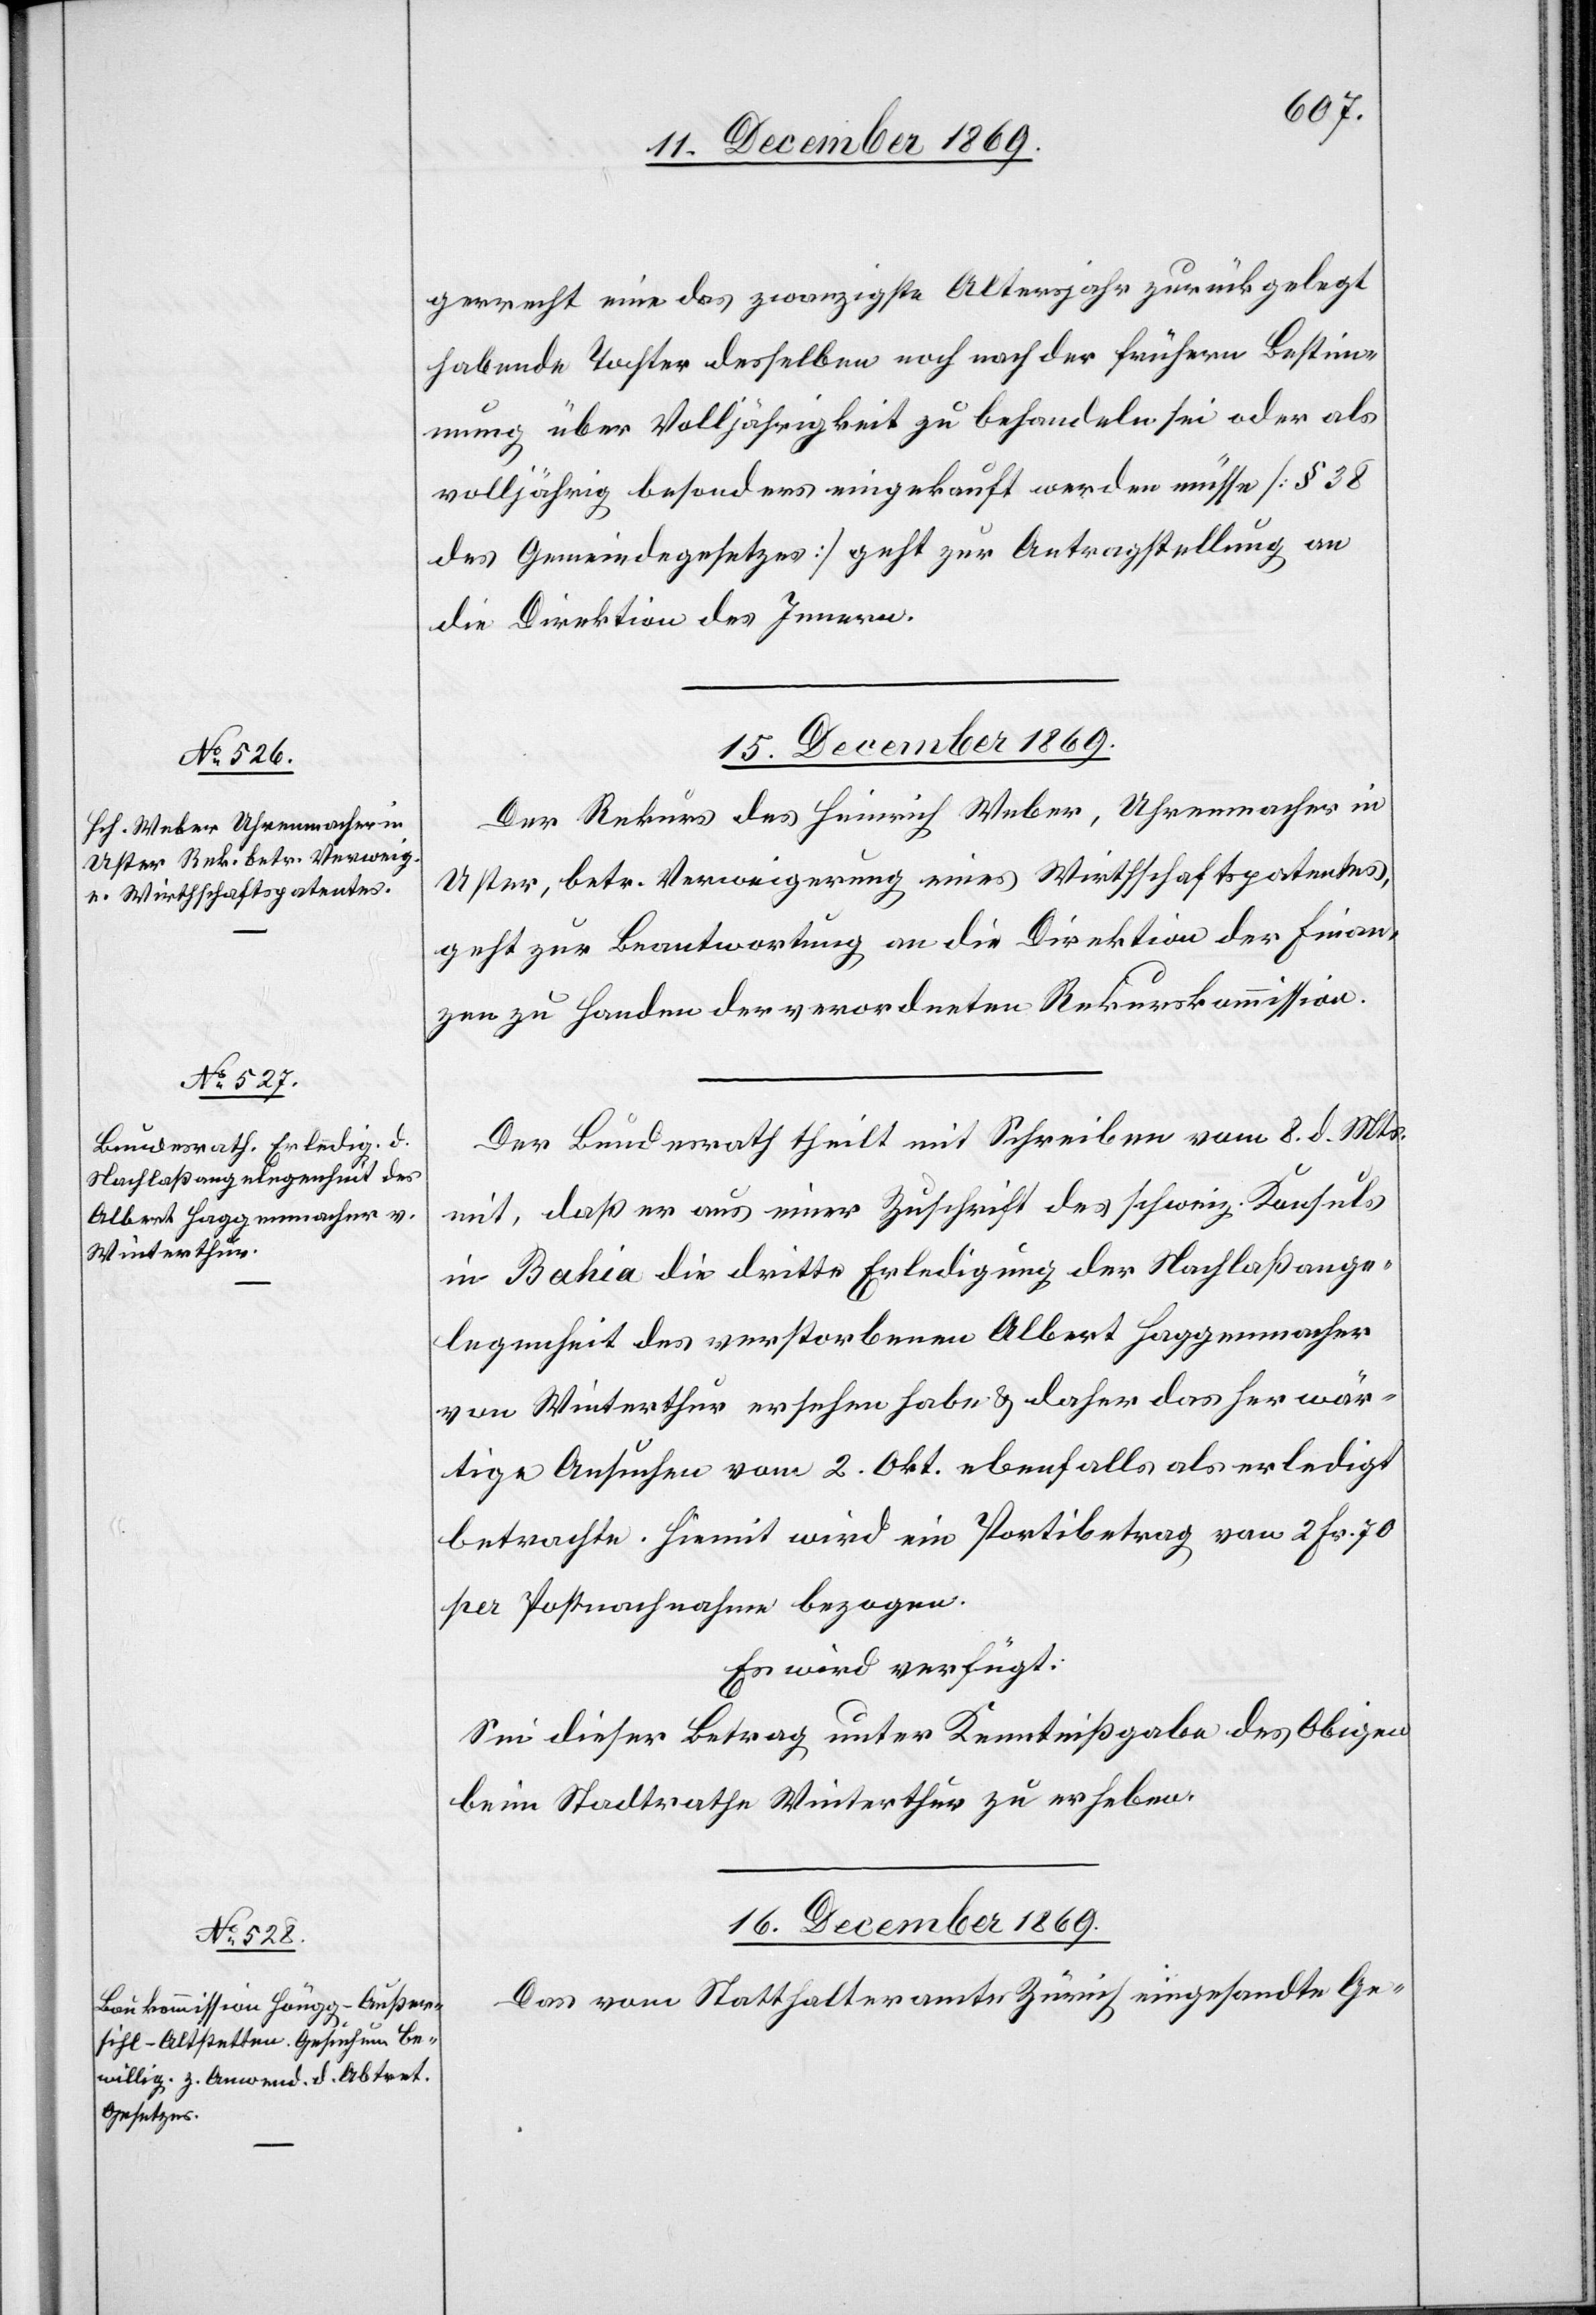
15. December 1869.]
gerrecht eine das zwanzigste Altersjahr zurückgelegt
habende Tochter desselben noch nach der frühern Bestimm¬
ung über Volljährigkeit zu behandeln sei oder als
volljährig besonders eingekauft werden müsse [§ 38
des Gemeindegesetzes] geht zur Antragstellung an
die Direktion des Innern.
Der Rekurs des Heinrich Weber, Uhrenmacher in
Uster, betr. Verweigerung eines Wirthschaftspatentes,
geht zur Beantwortung an die Direktion der Finan¬
zen zu Handen der verordneten Rekurskommission.
Der Bundesrath theilt mit Schreiben vom 8. d. Mts.
mit, daß er aus einer Zuschrift des schweiz. Konsuls
in Bahia die dritte Erledigung der Nachlaßange¬
legenheit des verstorbenen Albert Haggenmacher
von Winterthur ersehen habe & daher das herwär¬
tige Ansuchen vom 2. Okt. ebenfalls als erledigt
betrachte. Hiemit wird ein Portibetrag von 2 Fr. 70
per Postnachnahme bezogen.
Es wird verfügt:
Sei dieser Betrag unter Kenntnißgabe des Obigen
beim Stadtrathe Winterthur zu erheben.
16. December 1869.
Das vom Statthalteramte Zürich eingesandte Ge-